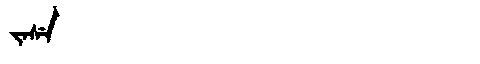
Manchu: ᠵᠠᠰᡝ
Romanization: JASE